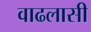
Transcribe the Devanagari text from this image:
वाढलासी